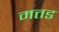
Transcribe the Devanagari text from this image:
मत्तड